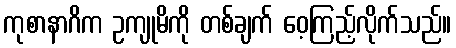
ကုစာနာဂိက ဥကျုမိကို တစ်ချက် ဝေ့ကြည့်လိုက်သည်။